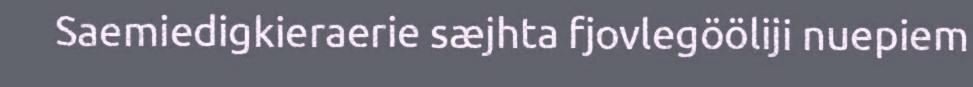
Saemiedigkieraerie sæjhta fjovlegööliji nuepiem